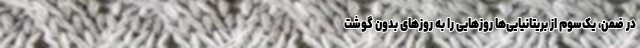
در ضمن، یک‌سوم از بریتانیایی‌ها روز‌هایی را به روز‌های بدون گوشت